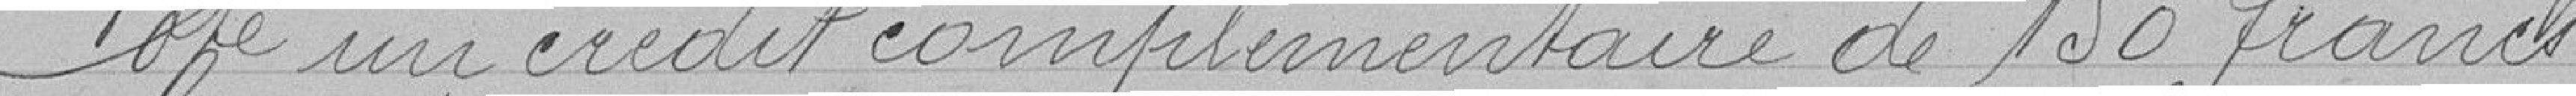
Vote un crédit complémentaire de 150 francs.